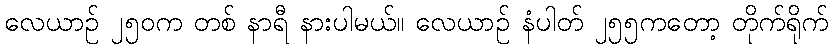
လေယာဉ် ၂၅၀က တစ် နာရီ နားပါမယ်။ လေယာဉ် နံပါတ် ၂၅၅ကတော့ တိုက်ရိုက်